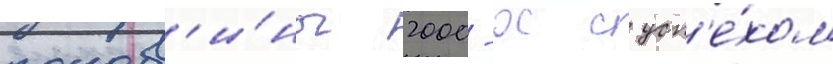
полов'и́ны 2000-х с усп'е́хом